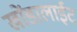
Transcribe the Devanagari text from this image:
खोंडालाईट